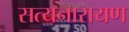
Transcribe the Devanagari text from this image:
सत्‍यनारायण